Leaving Certificate Examination, 1911
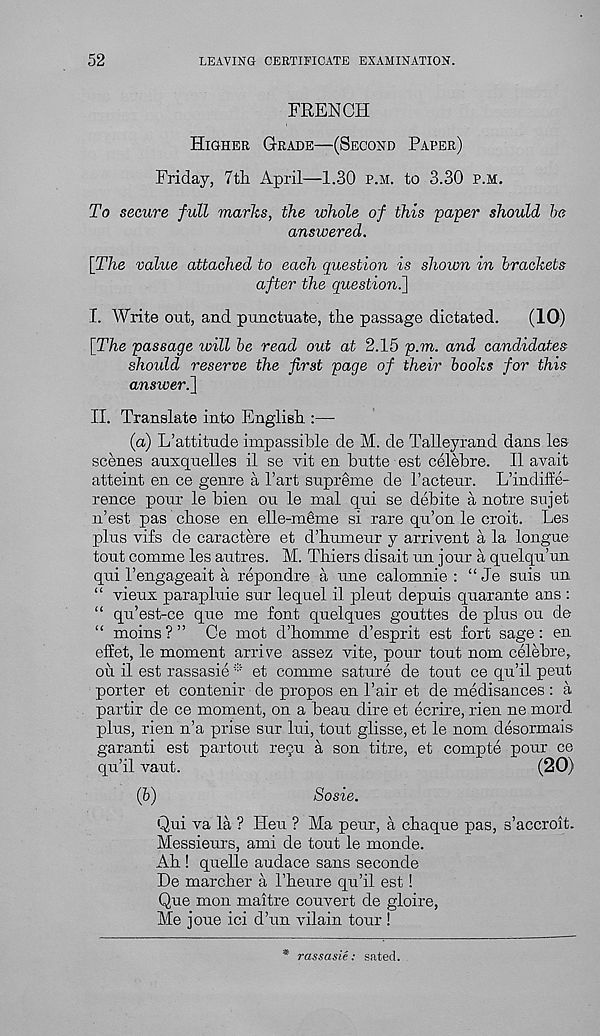
52
LEAVING CERTIFICATE EXAMINATION.
FRENCH
Higher Grade—(Second Paper)
Friday, 7th April—1.30 p.m. to 3.30 p.m.
To secure full marks, the whole of this paper should be
answered.
{The value attached to each question is shown in brackets
after the question^]
I. Write out, and punctuate, the passage dictated.
(10)
{The passage will be read out at 2.15 p.m. and candidates
should reserve the first page of their books for this
answer.}
II. Translate into English :—
(a) L’attitude impassible de M. de Talleyrand dans les
scenes auxquelles il se vit en butte est celebre. II avait
atteint en ce genre a Tart supreme de I’acteur. L’indiffe-
rence pour le bien ou le mal qui se debite a notre sujet
n’est pas chose en elle-rnbme si rare qu’on le croit. Les
plus vifs de caractere et d’humeur y arrivent a la longue
tout comme les autres. M. Thiers disait un jour a quelqu’un
qui Tengageait a repondre a une calomnie : “Je suis un
“ vieux parapluie sur lequel il pleut depuis quarante ans :
“ qu’est-ce que me font quelques gouttes de plus ou de
“ moins?” Ce mot d’homme d’esprit est fort sage: en
effet, le moment arrive assez vite, pour tout nom celebre,
oil il est rassasie * et comme sature de tout ce qu’il pent
porter et contenir de propos en Pair et de medisances : a
partir de ce moment, on a beau dire et ecrire, rien ne mord
plus, rien n’a prise sur lui, tout glisse, et le nom desormais
garanti est partout regu a son titre, et compte pour ce
qu’il vaut.
(20)
(b)
Sosie.
Qui va la ? Heu ? Ma peur, a chaque pas, s’accroit.
Messieurs, ami de tout le monde.
Ah ! quelle audace sans seconde
De marcher a I’heure qu’il est!
Que mon maitre couvert de gloire,
Me joue ici d’un vilain tour !
* rassasie: sated.